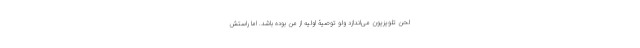
لحن تلویزیون می‌اندازد ولو توصیۀ اولیه از من بوده باشد. اما راستش